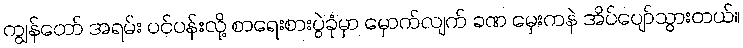
ကျွန်တော် အရမ်း ပင်ပန်းလို့ စာရေးစားပွဲခုံမှာ မှောက်လျက် ခဏ မှေးကနဲ အိပ်ပျော်သွားတယ်။